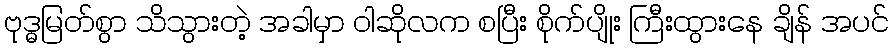
ဗုဒ္ဓမြတ်စွာ သိသွားတဲ့ အခါမှာ ဝါဆိုလက စပြီး စိုက်ပျိုး ကြီးထွားနေ ချိန် အပင်